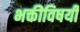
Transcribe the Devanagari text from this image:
भक्तीविषयीं